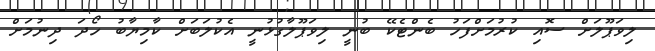
ލިވަޕޫލަށް ސޮއި ކުރުމަށްފަހު ބެންޓެކޭ ބުނީ ލިވަޕޫލާގުޅުނީ އެކުލަބަށް ކާމިޔާބު ހޯދަ ދިނުމަށް